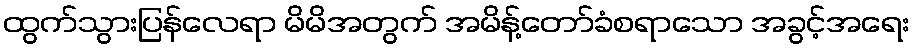
ထွက်သွားပြန်လေရာ မိမိအတွက် အမိန့်တော်ခံစရာသော အခွင့်အရေး